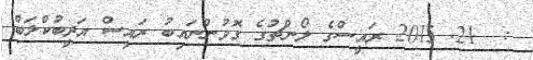
:  21